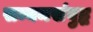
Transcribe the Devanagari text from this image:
सम्यमसंबुद्ध